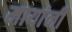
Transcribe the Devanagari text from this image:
मायांनी